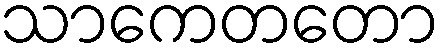
သာကေတတော